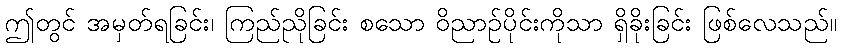
ဤတွင် အမှတ်ရခြင်း၊ ကြည်ညိုခြင်း စသော ဝိညာဉ်ပိုင်းကိုသာ ရှိခိုးခြင်း ဖြစ်လေသည်။